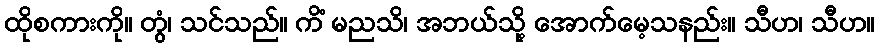
ထိုစကားကို။ တွံ၊ သင်သည်။ ကိံ မညသိ၊ အဘယ်သို့ အောက်မေ့သနည်း။ သီဟ၊ သီဟ။